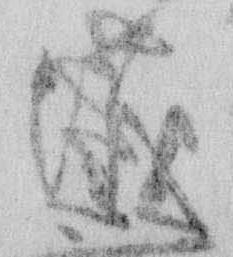
儀